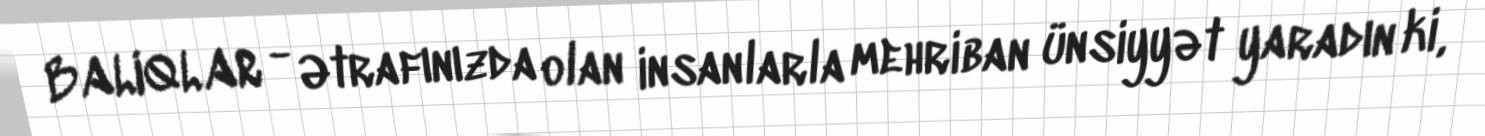
BALIQLAR - Ətrafınızda olan insanlarla mehriban ünsiyyət yaradın ki,